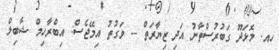
ހއ. މޮޅަދޫ ގަބުރުސްތާނު އަދި ޒިޔާރަތް -- ވަގުތު އިމޭޖެސް: އިބްރާހިމް ޝާބިލް